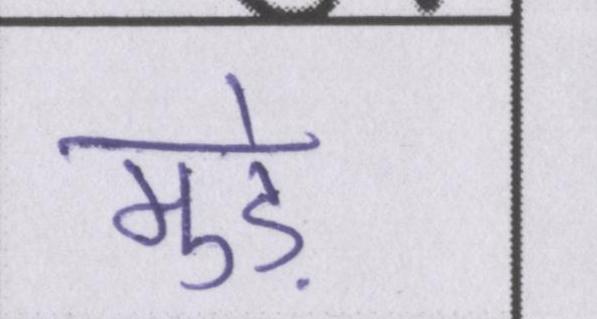
मुड़े